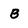
Character: B